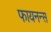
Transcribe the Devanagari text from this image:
फायनन्स